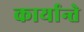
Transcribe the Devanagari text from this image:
कार्यान्ते